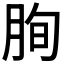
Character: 𦚧